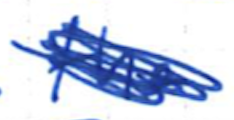
Text: the
Cross-out: scratch
Writing tool: ballpoint